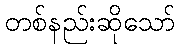
တစ်နည်းဆိုသော်